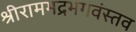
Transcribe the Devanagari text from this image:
श्रीरामभद्रभगवंस्तव